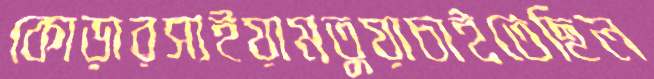
কোড়ারসাইয়ামতুয়াচাইতেছিল